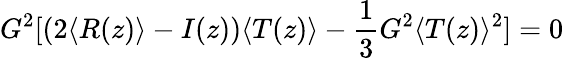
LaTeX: G^{2}[(2\langle R(z)\rangle-I(z))\langle T(z)\rangle-\frac{1}{3}G^{2}\langle T(z)\rangle^{2}]=0